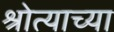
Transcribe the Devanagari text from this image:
श्रोत्याच्या